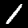
Digit: 1